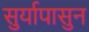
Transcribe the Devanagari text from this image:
सुर्यापासुन